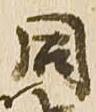
同